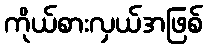
ကိုယ်စားလှယ်အဖြစ်